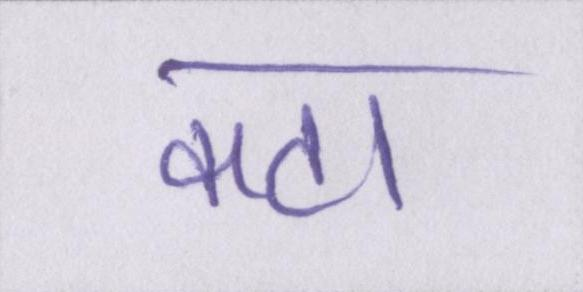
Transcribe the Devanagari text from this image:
कटा